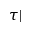
\tau |